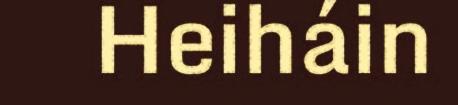
Heiháin